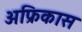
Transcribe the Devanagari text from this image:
अफ्रिकास